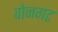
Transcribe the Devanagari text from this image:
वोनगट